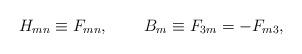
LaTeX: \begin{align*}H_{mn} \equiv F_{mn}, \, \quad\quad B_{m}\equiv F_{3m} = -F_{m3},\, \end{align*}